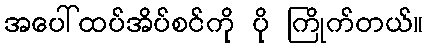
အပေါ်ထပ်အိပ်စင်ကို ပို ကြိုက်တယ်။